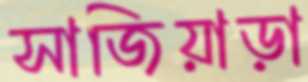
সাজিয়াড়া